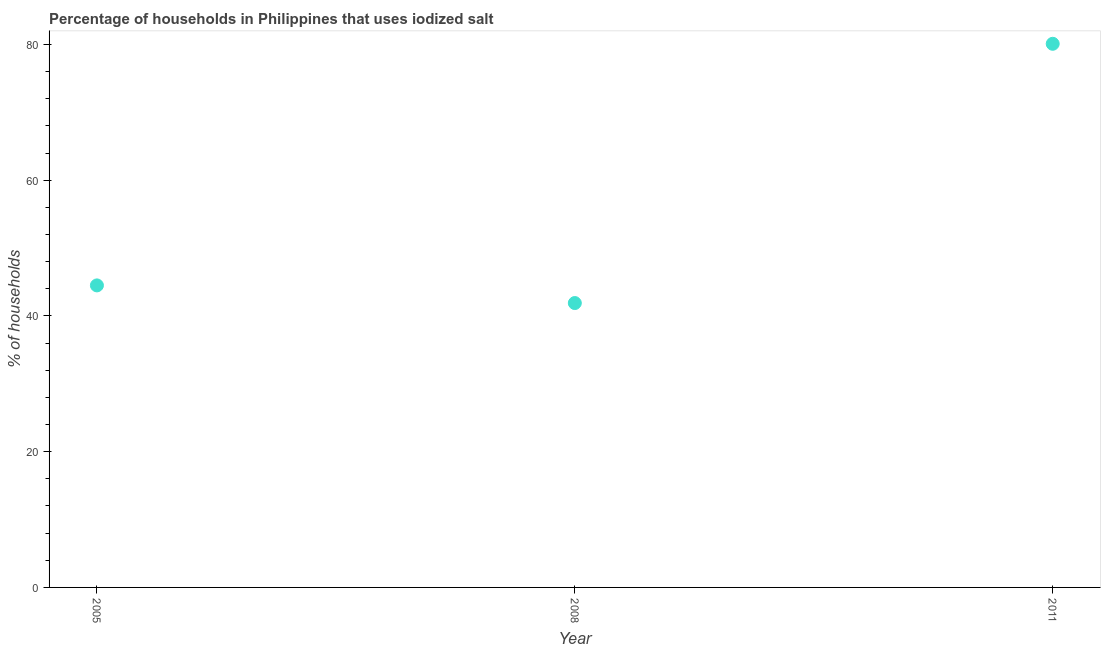
| Year | Consumption of iodized salt |
 | --- | --- |
 | 2005 | 44.5 |
 | 2008 | 41.9 |
 | 2011 | 80.1 |